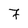
Character: 7